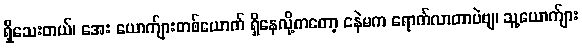
ရှိသေးတယ်၊ အေး ယောက်ျားတစ်ယောက် ရှိနေလို့ကတော့ ငနဲမက ရောက်လာတာပဲဗျ၊ သူ့ယောက်ျား